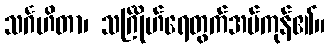
သင်္ဂဟိတာ၊ သင်္ဂြိုဟ်ရေတွက်အပ်ကုန်၏။